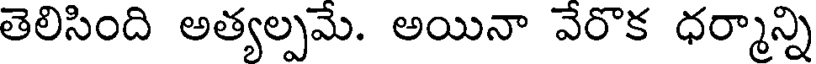
తెలిసింది అత్యల్పమే. అయినా వేరొక ధర్మాన్ని